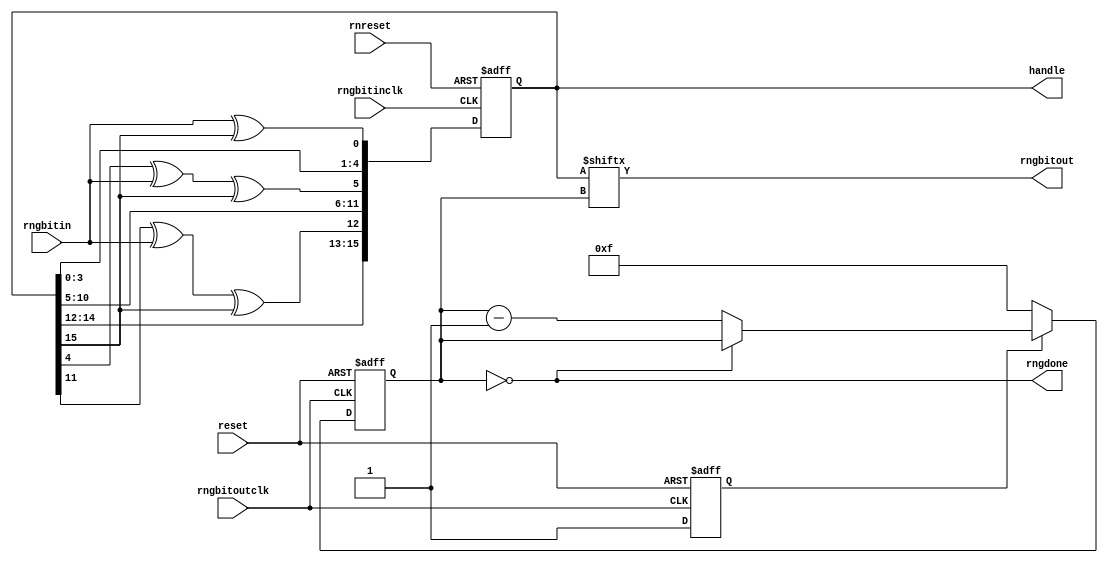
`timescale 1ns/1ns

// RNG: generate tag response to query, query_rep, req_rn
// Copyright 2010 University of Washington
// License: http://creativecommons.org/licenses/by/3.0/
// 2008 Dan Yeager

// RNG reuses the crc algorithm
// The input is the lsb of the counter
// at each incoming bit from the reader.

// The RNG only changes when rngbitinclk is clocked.
// The clock should only be enabled for query,queryadj
// and req_rn (after passing handlecheck match)

module rng(reset, rnreset, rngbitin, rngbitinclk, rngbitoutclk, rngbitout, rngdone, handle);
input reset, rnreset, rngbitoutclk;
input rngbitin, rngbitinclk;
output rngbitout, rngdone;
output [15:0] handle;

reg [15:0] rn;
reg [3:0] bitoutcounter;

/*
// test setup for checking functionality.
wire [15:0] fixedrn;
assign fixedrn = 16'h0001;
assign handle[15:0] = fixedrn[15:0];
assign rngbitout    = fixedrn[bitoutcounter];
*/

// real setup
assign handle[15:0] = rn[15:0];
assign rngbitout    = rn[bitoutcounter];

assign rngdone   = (bitoutcounter == 0);
reg    initialized;

always @ (posedge rngbitoutclk or posedge reset) begin
  if (reset) begin
    bitoutcounter <= 0;
    initialized   <= 0;
  end else if (!initialized) begin
    initialized   <= 1;
    bitoutcounter <= 15;
  end else if (!rngdone) begin
    bitoutcounter <= bitoutcounter - 4'd1;
  end else begin
  end // ~reset
end // always

always @ (posedge rngbitinclk or posedge rnreset) begin
  if (rnreset) begin
    rn <= 16'h0000;
  end else begin
    rn[0]  <= rngbitin ^ rn[15];
    rn[1]  <= rn[0];
    rn[2]  <= rn[1];
    rn[3]  <= rn[2];
    rn[4]  <= rn[3];
    rn[5]  <= rn[4] ^ rngbitin ^ rn[15];
    rn[6]  <= rn[5];
    rn[7]  <= rn[6];
    rn[8]  <= rn[7];
    rn[9]  <= rn[8];
    rn[10] <= rn[9];
    rn[11] <= rn[10];
    rn[12] <= rn[11] ^ rngbitin ^ rn[15];
    rn[13] <= rn[12];
    rn[14] <= rn[13];
    rn[15] <= rn[14];
  end // ~reset.
end // always


endmodule